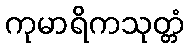
ကုမာရိကသုတ္တံ